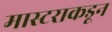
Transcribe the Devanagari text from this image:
मास्टराकडून